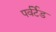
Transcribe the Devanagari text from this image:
पर्वर्टेड